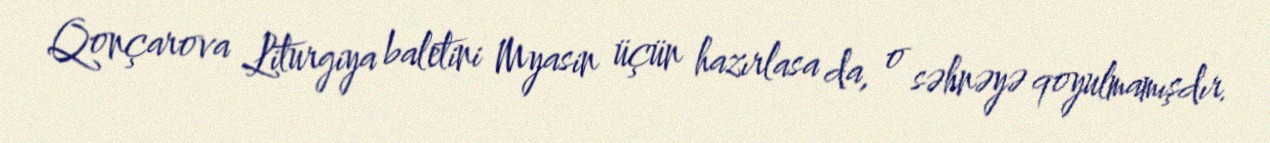
Qonçarova Liturgiya baletini Myasin üçün hazırlasa da, o səhnəyə qoyulmamışdır.